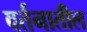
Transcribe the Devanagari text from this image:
वर्तनातील